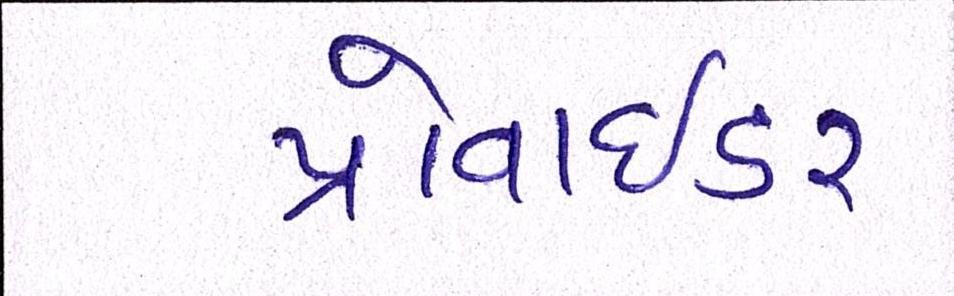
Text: પ્રોવાઇડર